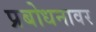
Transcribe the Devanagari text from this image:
प्रबोधनावर